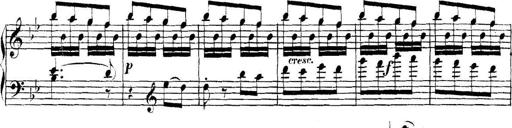
Title: Collected Piano Sonatas
Composer: Muzio Clementi